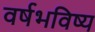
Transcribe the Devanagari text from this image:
वर्षभविष्य